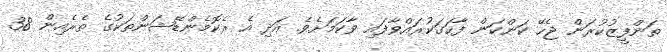
ތަންފީޒުކުރަން ޖެހޭ ކަންކަން ފާހަގަކުރައްވާފައި ވާކަމަށެވެ. އަދި އެ ރެކޮމެންޑޭޝަންތަކުގެ ތެރެއިން 38